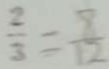
\frac { 2 } { 3 } = \frac { 8 } { 1 2 }